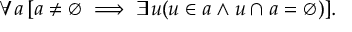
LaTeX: \forall a \, [ a \neq \emptyset \implies \exists u ( u \in a \land u \cap a = \emptyset ) ] .